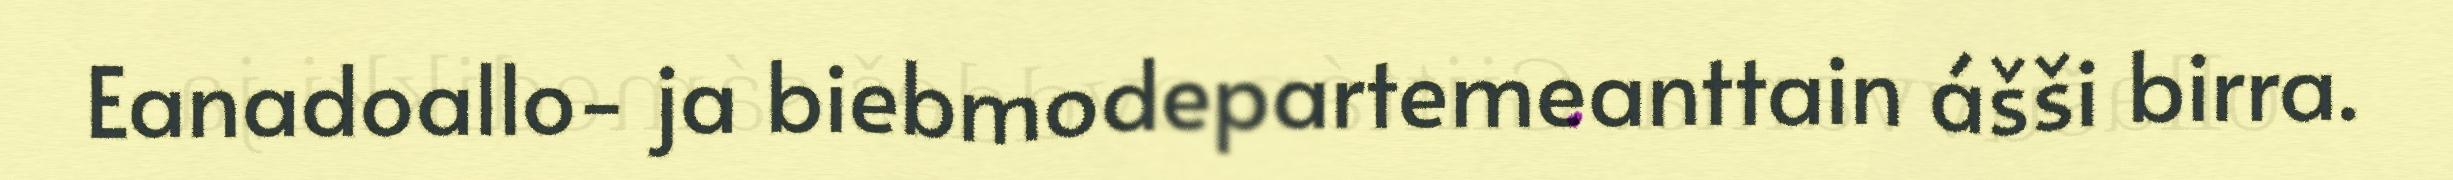
Eanadoallo- ja biebmodepartemeanttain ášši birra.